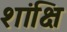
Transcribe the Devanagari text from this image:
शांक्षि